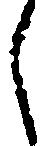
し